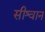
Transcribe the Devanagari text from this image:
सीश्वान